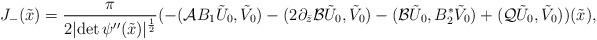
LaTeX: \begin{align*}J_-(\tilde x)=\frac{\pi}{2\vert \mbox{det}\,\psi''(\tilde x)\vert^\frac 12}(-(\mathcal A B_1\tilde U_0, \tilde V_0)-(2\partial_{\bar z}\mathcal B\tilde U_0, \tilde V_0)-(\mathcal B\tilde U_0, B_2^*\tilde V_0)+ (\mathcal Q\tilde U_0,\tilde V_0))(\tilde x),\end{align*}